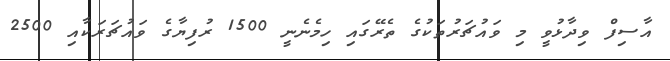
އާސިފް ވިދާޅުވީ މި ވައުޗަރުތަކުގެ ތެރޭގައި ހިމެނެނީ 1500 ރުފިޔާގެ ވައުޗަރަކާއި 2500